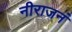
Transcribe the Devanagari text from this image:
नीराजनं